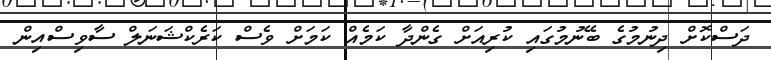
ދަސްކޮށް ދިނުމުގެ ބޭނުމުގައި ކުރިއަށް ގެންދާ ކަމެއް ކަމަށް ވެސް ކަރެކްޝަނަލް ސާވިސްއިން